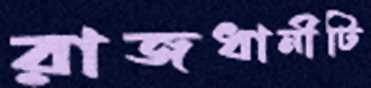
রাজধানীটি